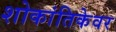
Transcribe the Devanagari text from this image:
शोकांतिकेवर